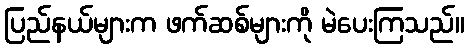
ပြည်နယ်များက ဖက်ဆစ်များကို မဲပေးကြသည်။